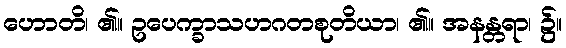
ဟောတိ၊ ၏။ ဥပေက္ခာသဟဂတစုတိယာ၊ ၏။ အနန္တရာ၊ ၌။